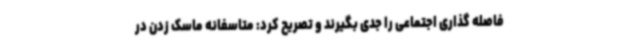
فاصله گذاری اجتماعی را جدی بگیرند و تصریح کرد: متاسفانه ماسک زدن در